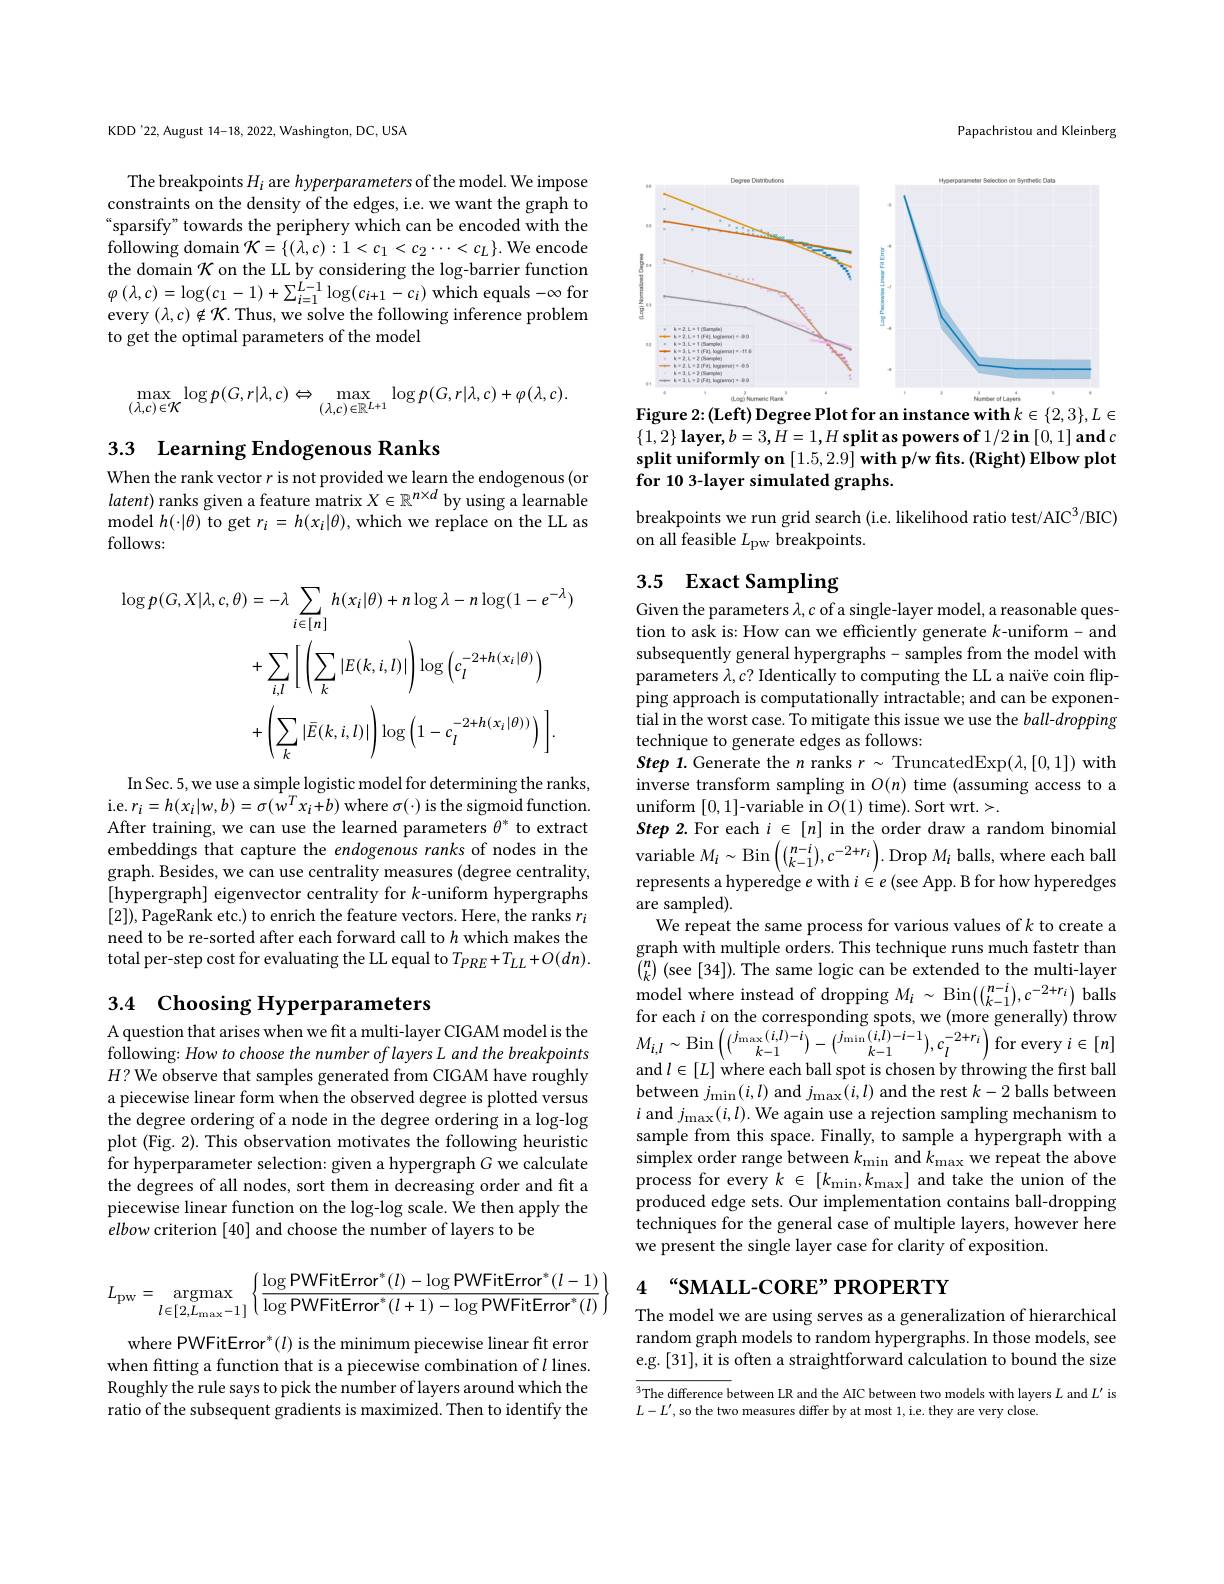
KDD'22, August 14-18, 2022, Washington, DC, USA

The breakpoints $H_i$ are hyperparameters of the model. We impose constraints on the density of the edges, i.e. we want the graph to sparsify" towards the periphery which can be encoded with the following domain $\mathcal{K}=\{(\lambda,c):1<c_{1}<c_{2}\cdots<c_{L}\}.$ We encode the domain $\mathcal{K}$ on the LL by considering the log-barrier function $\varphi\left(\lambda,c\right)=\log(c_{1}-1)+\sum_{i=1}^{L-1}\log(c_{i+1}-c_{i})$ which equals -$\infty$ for every $(\lambda,c)\notin\mathcal{K}$.Thus, we solve the following inference problem to get the optimal parameters of the model
$$\max\limits_{(\lambda,c)\in\mathcal{K}}\log p(G,r|\lambda,c)\Leftrightarrow\max\limits_{(\lambda,c)\in\mathbb{R}^{L+1}}\log p(G,r|\lambda,c)+\varphi(\lambda,c).$$
3.3 Learning Endogenous Ranks

When the rank vector $r$ is not provided we learn the endogenous(or $latent)$ ranks given a feature matrix $X\in\mathbb{R}^n\times d$ by using a learnable model $h(\cdot|\theta)$ to get $r_i=h(x_i|\theta)$,which we replace on the LL as follows:
$$\begin{aligned}\log p(G,X|\lambda,c,\theta)&=-\lambda\sum_{i\in[n]}h(x_{i}|\theta)+n\log\lambda-n\log(1-e^{-\lambda})\\&+\sum_{i,l}\left[\left(\sum_{k}|E(k,i,l)|\right)\log\left(c_{l}^{-2+h(x_{i}|\theta)}\right)\\&+\left(\sum_{k}|\bar{E}(k,i,l)|\right)\log\left(1-c_{l}^{-2+h(x_{i}|\theta))}\right)\:\right].\end{aligned}$$
In Sec. 5, we use a simple logistic model for determining the ranks, i. e. $r_{i}= h( x_{i}| w, b) = \sigma ( w^{T}x_{i}+ b)$ where $\sigma(\cdot)$ is the sigmoid function. After training, we can use the learned parameters $\theta^*$ to extract embeddings that capture the endogenous ranks of nodes in the graph. Besides, we can use centrality measures (degree centrality, [hypergraph] eigenvector centrality for $k$-uniform hypergraphs [2]),PageRank etc.) to enrich the feature vectors. Here, the ranks $r_i$ need to be re-sorted after each forward call to $h$ which makes the total per-step cost for evaluating the LL equal to $T_{PRE}+T_{LL}+O(dn).$

# 3.4 Choosing Hyperparameters

A question that arises when we fit a multi-layer CIGAM model is the following: How to choose the number of layers L and the breakpoints $H?$ We observe that samples generated from CIGAM have roughly a piecewise linear form when the observed degree is plotted versus the degree ordering of a node in the degree ordering in a log-log plot (Fig. 2). This observation motivates the following heuristic for hyperparameter selection: given a hypergraph $G$ we calculate the degrees of all nodes, sort them in decreasing order and fit a piecewise linear function on the log-log scale. We then apply the elbow criterion [40] and choose the number of layers to be
$$L_{\text{pw}}=\underset{l\in[2,L_{\text{max}}-1]}{\text{argmax}}\left\{\frac{\log\text{PWFitError}^*(l)-\log\text{PWFitError}^*(l-1)}{\log\text{PWFitError}^*(l+1)-\log\text{PWFitError}^*(l)}\right\}$$
where PWFitError$^*(l)$ is the minimum piecewise linear fit error when fitting a function that is a piecewise combination of $l$ lines. Roughly the rule says to pick the number of layers around which the ratio of the subsequent gradients is maximized. Then to identify the

Papachristou and Kleinberg

<FigureHere>
Figure 2:(Left) Degree Plot for an instance with $k\in\{2,3\},L\in$

$\{ 1, 2\} \textbf{ layer}, b= 3, H= 1, H\textbf{ split as powers of }1/ 2\textbf{ in}\left [ 0, 1\right ] \textbf{and }c$ split uniformly on $[ 1. 5, 2. 9] \textbf{with p/ w fits. ( Right) Elbow plot}$ for 10 3-layer simulated graphs.

breakpoints we run grid search (i.e. likelihood ratio test/AIC$^3/$BIC)
on all feasible $L_\mathrm{PW}$ breakpoints.

# 3.5 Exact Sampling

Given the parameters $\lambda,c$ of a single-layer model, a reasonable question to ask is: How can we efficiently generate $k$-uniform- and subsequently general hypergraphs- samples from the model with parameters $\lambda,c?$ Identically to computing the LL a naive coin flipping approach is computationally intractable; and can be exponential in the worst case. To mitigate this issue we use the ball-dropping technique to generate edges as follows:
Step 1. Generate the $n$ ranks $r\sim$ TruncatedExp$(\lambda,[0,1])$ with inverse transform sampling in $O(n)$ time (assuming access to a uniform [0,1]-variable in $O(1)$ time). Sort wrt.>.
Step 2. For each $i\in[n]$ in the order draw a random binomial variable $M_i\sim\operatorname{Bin}\left(\binom{n-i}{k-1},c^{-2+r_{i}}\right).\operatorname{Drop}M_{i}$ balls, where each ball represents a hyperedge $e$ with $i\in e^\prime($see App. B for how hyperedges are sampled).
We repeat the same process for various values of k to create a graph with multiple orders. This technique runs much fastetr than $\binom nk$ (see [34]). The same logic can be extended to the multi-layer model where instead of dropping $M_{i} \sim $Bin$\left ( {\binom {n- i}{k- 1}}, c^{- 2+ r_{i}}\right )$balls for each $i$ on the corresponding spots, we (more generally) throw $M_{i,l}\sim$Bin$\left(\binom{j_{\max}(i,l)-i}{k-1}-\binom{j_{\min}(i,l)-i-1}{k-1},c_{l}^{-2+r_{i}}\right)$for every$i\in[n]$ and $l\in[L]$ where each ball spot is chosen by throwing the first ball between $j_{\mathrm{min}}(i,l)$ and $j_{\mathrm{max}}(i,l)$ and the rest $k-2$ balls between $i$ and $j_{\mathrm{max}}(i,l).$ We again use a rejection sampling mechanism to sample from this space. Finally, to sample a hypergraph with a simplex order range between $k_\mathrm{min}$ and $k_\mathrm{max}$ we repeat the above process for every $k\in[k_{\mathrm{min}},k_{\mathrm{max}}]$ and take the union of the produced edge sets. Our implementation contains ball-dropping techniques for the general case of multiple layers, however here we present the single layer case for clarity of exposition.

# 4 “SMALL-CORE”PROPERTY

The model we are using serves as a generalization of hierarchical random graph models to random hypergraphs. In those models, see e.g.[31], it is often a straightforward calculation to bound the size

$\overline{^3\text{The difference b}}$etween LR and the AIC between two models with layers $L$ and $L^\prime$ is
$L-L^{\prime}$, so the two measures differ by at most 1, i.e. they are very close.